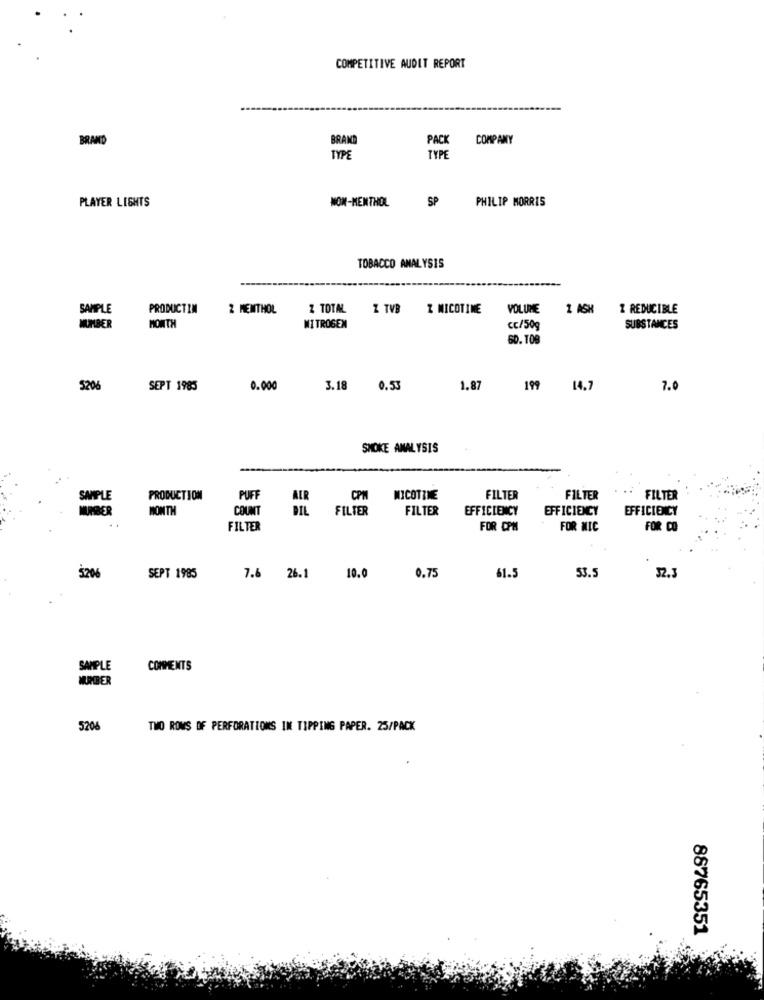
COMPETITIVE AUDIT REPORT
BRAND
BRAND
PACK
COMPANY
TYPE
TYPE
NON-MENTHOL
SP
PHILIP MORRIS
PLAYER LIGHTS
TOBACCO ANALYSIS
SAMPLE
PRODUCTIN
2 MENTHOL
Z TOTAL
Z TVB
Z NICOTINE
VOLUME
1 ASH
2 REDUCIBLE
MUMBER
MONTH
MI TROGEN
cc/50g
SUBSTANCES
60.108
5206
SEPT 1985
0.000
3.18 0.53
1.87
199 14.7
7.0
SMOKE ANALYSIS
SAMPLE
PRODUCTION
PUFF
AIR
CPM
NICOTINE
FILTER
FILTER
FILTER
MURDER
MONTH
COUNT
DIL
FILTER
FILTER
EFFICIENCY
EFFICIENCY
EFFICIENCY
FILTER
FOR CPM
FOR MIC
FOR CO
$206
SEPT 1985
7.6 26.1
10.0
0.75
61.5
53.5
32.3
SAMPLE
COMMENTS
NUMBER
5206
TWO ROWS OF PERFORATIONS IN TIPPING PAPER. 25/PACK
88765351